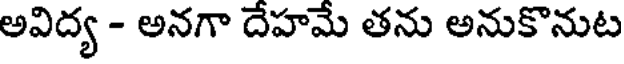
అవిద్య - అనగా దేహమే తను అనుకొనుట